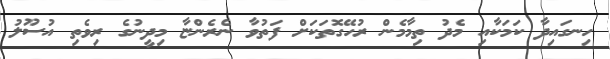
ހިނގައިދާ ކަމަކާއި މެދު ތިމާމެން ރުހޭގޮތަކަށް ފަތުވާ ނެރެންޏާ މިދީނުގެ ރިވެތި އުސޫލު